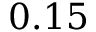
0 . 1 5